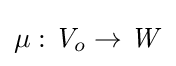
\mu :{\mathit {V}}_{o}\to {\mathit {W}}